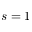
s = 1